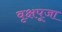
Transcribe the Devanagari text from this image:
वृक्षपूजा